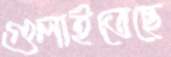
গুলাইতেছে